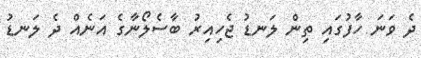
ދެ ވަނަ ހާފުގައި ތިން ލަނޑު ޖެހިއިރު ބާސެލޯނާގެ އަނެއް ދެ ލަނޑު